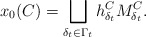
\begin{align*}x_0(C)=\bigsqcup_{\delta_t\in \Gamma_t}h^C_{\delta_t}\mathcal \mathcal M^C_{\delta_t}.\end{align*}